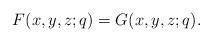
LaTeX: \begin{align*}F(x,y,z;q)=G(x,y,z;q).\end{align*}